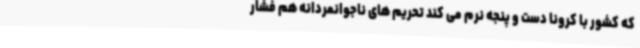
که کشور با کرونا دست و پنجه نرم می کند تحریم های ناجوانمردانه هم فشار